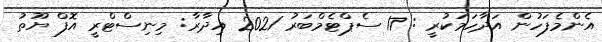
އެންމެފަހުން އަދާހަމަކުރީ : 17 ސެޕްޓެމްބަރު 2021 އިދާރާ: މިނިސްޓްރީ އޮފް ޔޫތު